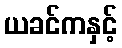
ယခင်ကနှင့်